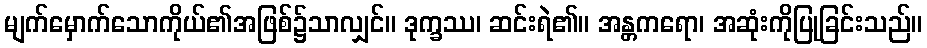
မျက်မှောက်သောကိုယ်၏အဖြစ်၌သာလျှင်။ ဒုက္ခဿ၊ ဆင်းရဲ၏။ အန္တကရော၊ အဆုံးကိုပြုခြင်းသည်။